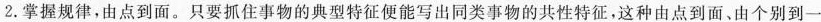
2.掌握规律，由点到面。只要抓住事物的典型特征便能写出同类事物的共性特征，这种由点到面、由个别到一